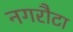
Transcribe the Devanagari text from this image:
नगरौटा